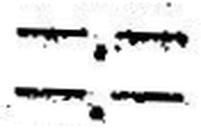
—.—